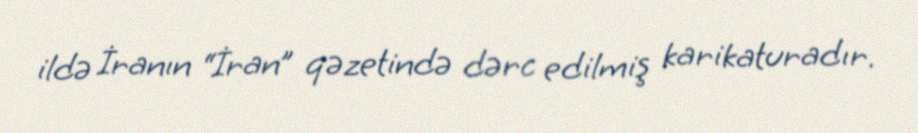
ildə İranın “İran” qəzetində dərc edilmiş karikaturadır.